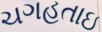
ચગહતાઇ